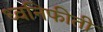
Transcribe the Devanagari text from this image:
ध्वनिफीती